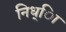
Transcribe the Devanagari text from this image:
निध्ाि